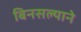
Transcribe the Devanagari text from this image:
बिनसल्याने